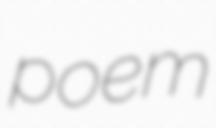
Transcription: poem